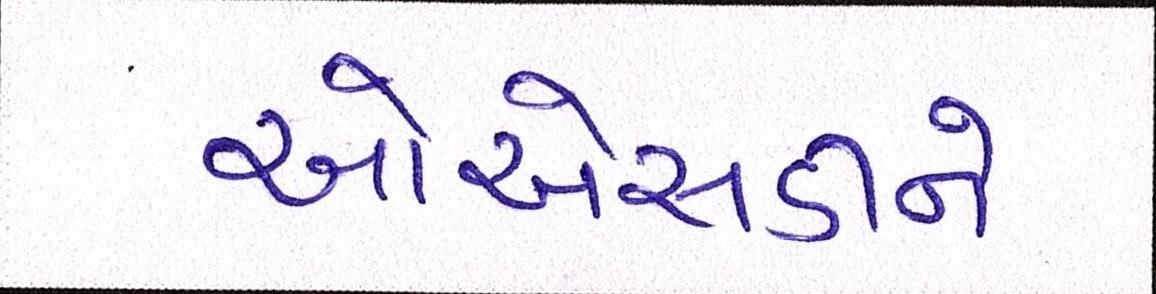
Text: ઓએસડીને